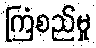
ကြံစည်မှု